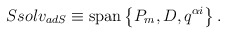
\begin{align*}Ssolv_{adS} \equiv \mbox{span} \left\{ P_m, D, q^{\alpha i} \right\}.\end{align*}